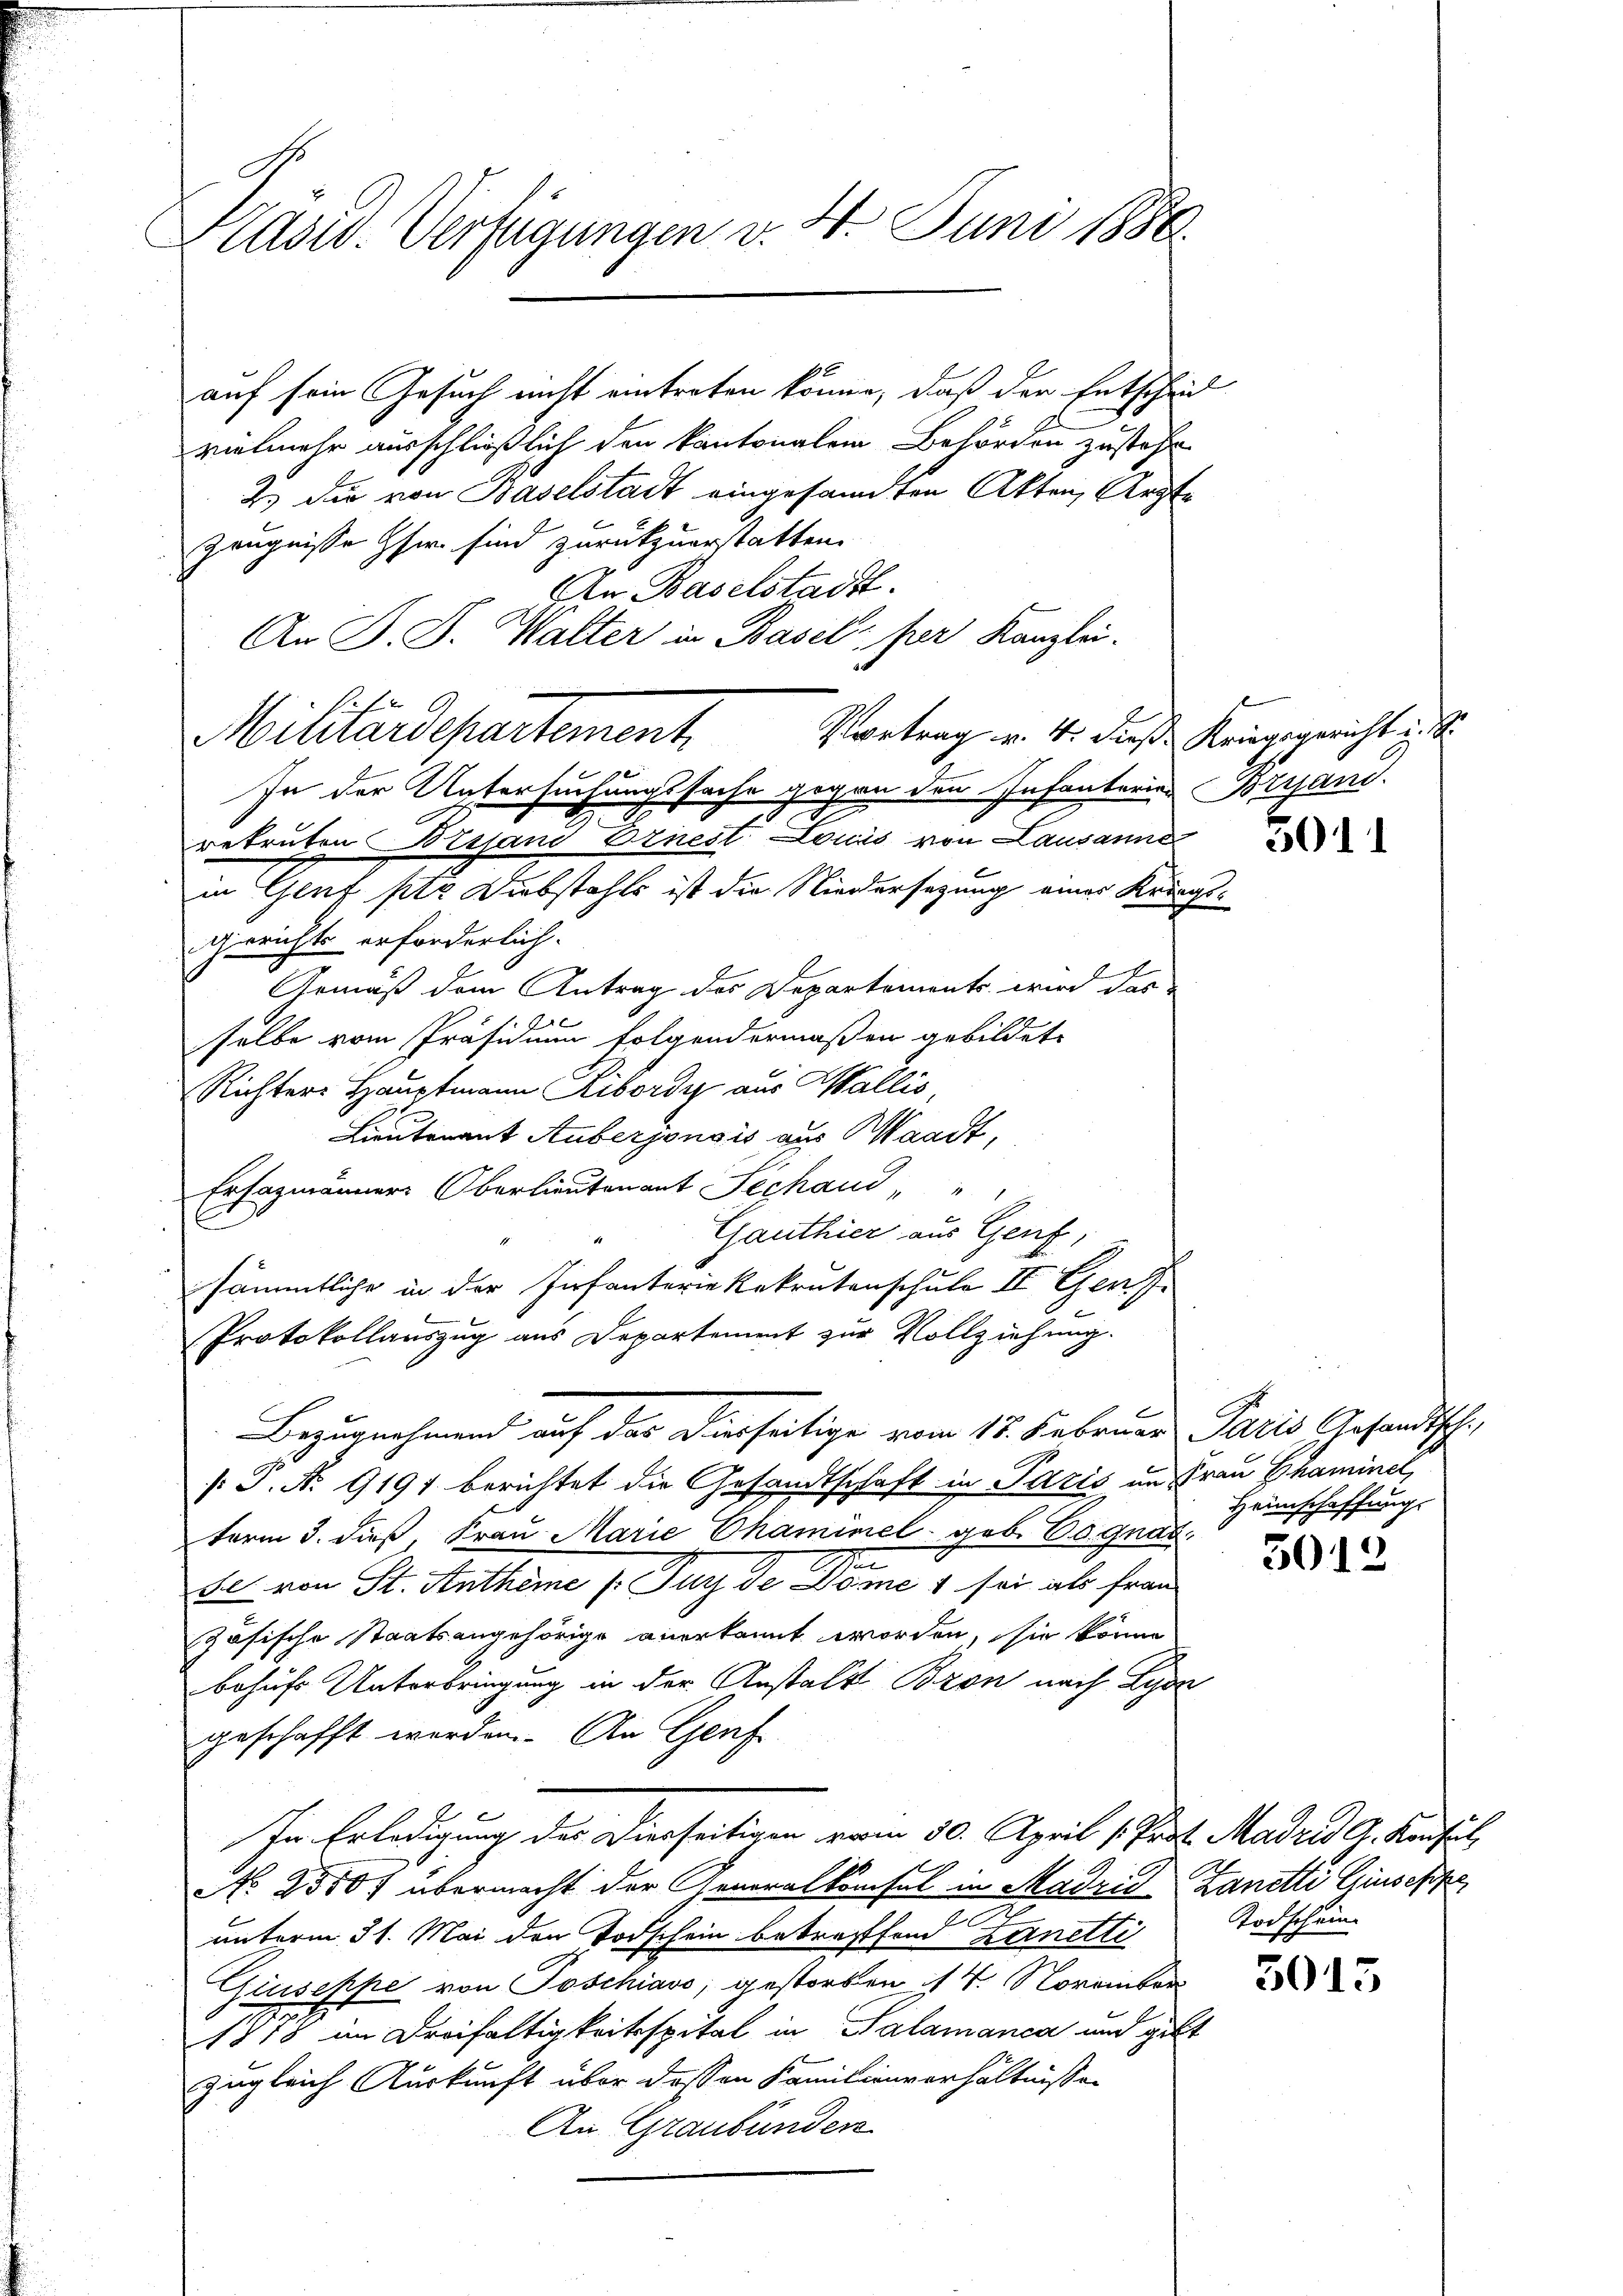
Präsid. Verfügungen v. 4. Juni 1886

vielmehr ausschließlich den kantonalen Behörden zustehe
2.) Die von Baselstadt eingesandten Akten, Arzte
Zeugnisse Eher sind zurükzuerstatten.
An Baselstadt.
An J. J. Walter in Basel per Kanzlei.
Militärdepartement
In der Untersuchungssache gegen den Infanterius Brand.
rekruten Bessand Ernest Louis von Lausanne
in Genf pto Diebstahls ist die Niedersetzung eines Kriegs¬
Gerichts erforderlich.
Gemäß dem Antrag des Departements wird das
selbe vom Präsidium folgendermaßen gebildete
Richter Hauptmann Ribord aus Wallis,
Lieutenant Auberjonsis aus Waadt,
Ersazmänner Oberlieutenant Schaud " "
Ganthier aus Genf,
sämmtliche in der Einfanterie Rekrutenschule II Ger
Protokollauszug aus Departement zur Vollziehung.
Bezugnahmend auf das Dierseitige vom 15. Februar Paris Gesandtsch,
.P. No 9191 berichtet die Gesandtschaft in Paris im Frau Ghaminel,
term 3. dieß Frau Marie Chaminel geb. Cognat
n
se von St. Anthême l. Jur de Dome 1 sei als frau
zösische Staatsangehörige anerkannt worden, sie könne
behufs Unterbringung in der Anstals Bron nach Lyon
geschafft werden. An Genf
In Erledigung des Diesseitigen vom 30. April [Prot. Madrid G. Konsul
No 25507 übermacht der Generalkonsel in Madrid Zanetti Giuseppe,
unterm 31. Mai den Todschein betreffend Zanetti
Giuseppe von Poschiavo, gestorben 14. November
1815 im Dreifaltigkeitsspital in Salamanca und gibt
zugleich Auskunft über dessen Familienverhältnissen
An Graubünden

auf sein Gesuch nicht eintreten könne, daß der Entscheil

Vortrag v. 4. dieß Kriegsgericht u. S.

Heimschaffung

3012

Todschein

3013